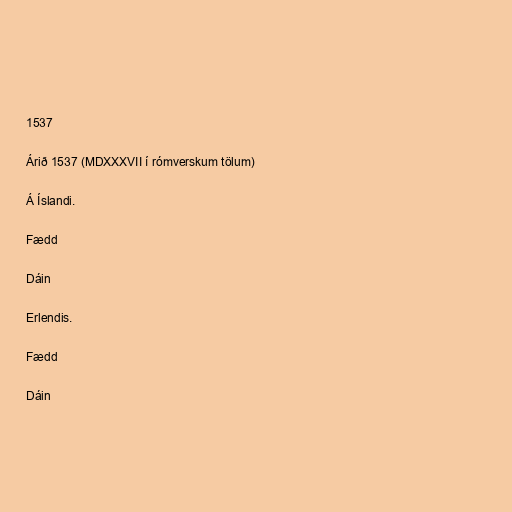
1537

Árið 1537 (MDXXXVII í rómverskum tölum)

Á Íslandi.

Fædd

Dáin

Erlendis.

Fædd

Dáin